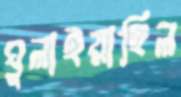
ঘুলাইয়াছিল